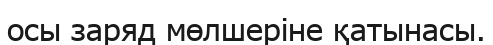
осы заряд мөлшеріне қатынасы.